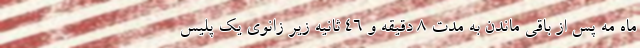
ماه مه پس از باقی ماندن به مدت ۸ دقیقه و ۴۶ ثانیه زیر زانوی یک پلیس